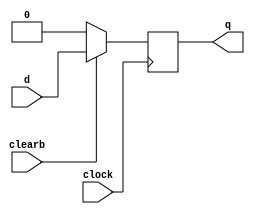
module dff_sync_clear(d, clearb, clock, q);
	input d, clearb, clock;
	output q;
	reg q;
	always @ (posedge clock)
		begin
		if (!clearb) q <= 1'b0;
		else q <= d;
		end
endmodule


module dff_async_clear(d, clearb, clock, q);
	input d, clearb, clock;
	output q;
	reg q;
	always @ (negedge clearb or posedge clock)
		begin
		if (!clearb) 
			q <= 1'b0;
		else 
			q <= d;
		end
endmodule


module Testing;
	reg d, clk, rst;
	wire q;
	dff_sync_clear dff (d, rst, clk, q); // Or dff_async_clear dff (d, clk,rst, q);
	//Always at rising edge of clock display the signals
	always @(posedge clk)
		begin
		$display($time," d=%b, clk=%b, rst=%b, q=%b\n", d, clk, rst, q);
		end
	//Module to generate clock with period 10 time units
	initial 
		begin
		#0 clk=0;
		#5 clk=1;
		#5 clk=0;
		#5 clk=1;
		#5 clk=0;
		#5 clk=1;
		#5 clk=0;
		#5 clk=1;
		#5 clk=0;
		#5 clk=1;
		#5 clk=0;
		#5 clk=1;
		#5 clk=0;	
		end
	initial 
		begin
		#0 d=0; rst=1;
		#5 d=1; rst=0;
		#5 d=1; rst=1;
		#5 d=0; rst=0;
		#5 d=1; rst=1;
		#15 d=0; rst=1;
		end
	initial
		begin
		$dumpfile("filename.vcd");
		$dumpvars;
		end
endmodule